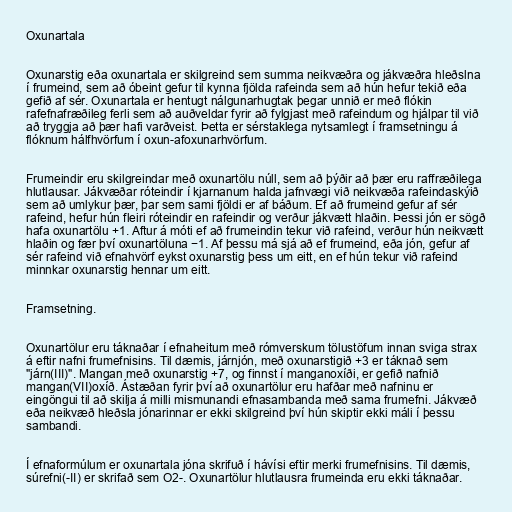
Oxunartala

Oxunarstig eða oxunartala er skilgreind sem summa neikvæðra og jákvæðra hleðslna
í frumeind, sem að óbeint gefur til kynna fjölda rafeinda sem að hún hefur tekið eða
gefið af sér. Oxunartala er hentugt nálgunarhugtak þegar unnið er með flókin
rafefnafræðileg ferli sem að auðveldar fyrir að fylgjast með rafeindum og hjálpar til við
að tryggja að þær hafi varðveist. Þetta er sérstaklega nytsamlegt í framsetningu á
flóknum hálfhvörfum í oxun-afoxunarhvörfum.

Frumeindir eru skilgreindar með oxunartölu núll, sem að þýðir að þær eru raffræðilega
hlutlausar. Jákvæðar róteindir í kjarnanum halda jafnvægi við neikvæða rafeindaskýið
sem að umlykur þær, þar sem sami fjöldi er af báðum. Ef að frumeind gefur af sér
rafeind, hefur hún fleiri róteindir en rafeindir og verður jákvætt hlaðin. Þessi jón er sögð
hafa oxunartölu +1. Aftur á móti ef að frumeindin tekur við rafeind, verður hún neikvætt
hlaðin og fær því oxunartöluna −1. Af þessu má sjá að ef frumeind, eða jón, gefur af
sér rafeind við efnahvörf eykst oxunarstig þess um eitt, en ef hún tekur við rafeind
minnkar oxunarstig hennar um eitt.

Framsetning.

Oxunartölur eru táknaðar í efnaheitum með rómverskum tölustöfum innan sviga strax
á eftir nafni frumefnisins. Til dæmis, járnjón, með oxunarstigið +3 er táknað sem
"járn(III)". Mangan með oxunarstig +7, og finnst í manganoxíði, er gefið nafnið
mangan(VII)oxíð. Ástæðan fyrir því að oxunartölur eru hafðar með nafninu er
eingöngui til að skilja á milli mismunandi efnasambanda með sama frumefni. Jákvæð
eða neikvæð hleðsla jónarinnar er ekki skilgreind því hún skiptir ekki máli í þessu
sambandi.

Í efnaformúlum er oxunartala jóna skrifuð í hávísi eftir merki frumefnisins. Til dæmis,
súrefni(-II) er skrifað sem O2-. Oxunartölur hlutlausra frumeinda eru ekki táknaðar.